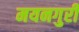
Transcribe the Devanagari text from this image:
मयनगुरी